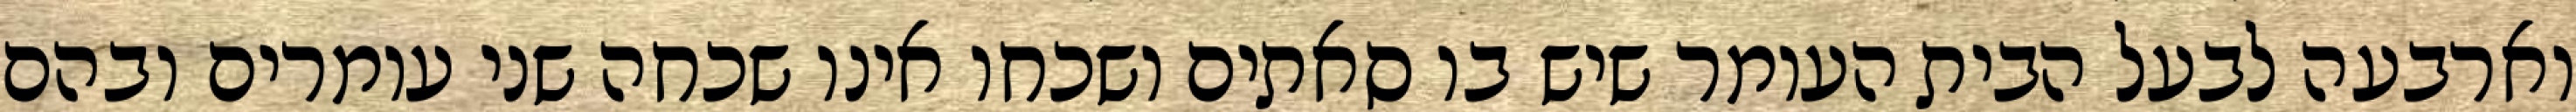
וארבעה לבעל הבית העומר שיש בו סאתים ושכחו אינו שכחה שני עומרים ובהם